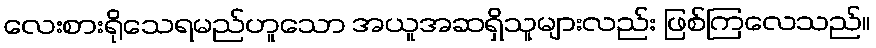
လေးစားရိုသေရမည်ဟူသော အယူအဆရှိသူများလည်း ဖြစ်ကြလေသည်။